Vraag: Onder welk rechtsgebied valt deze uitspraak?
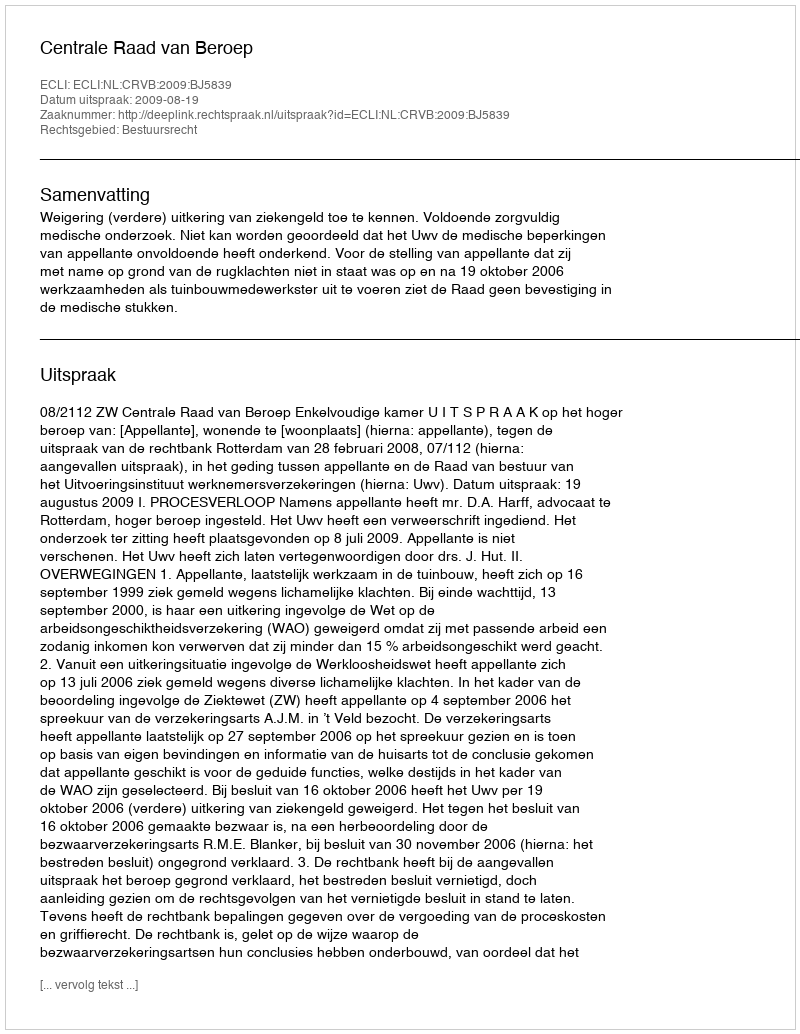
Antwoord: Bestuursrecht